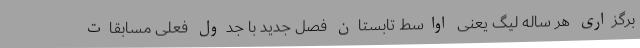
برگزاری هر ساله لیگ یعنی اواسط تابستان فصل جدید با جدول فعلی مسابقات